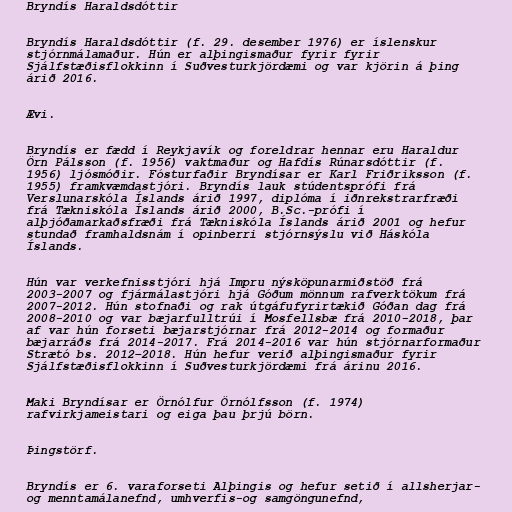
Bryndís Haraldsdóttir

Bryndís Haraldsdóttir (f. 29. desember 1976) er íslenskur
stjórnmálamaður. Hún er alþingismaður fyrir fyrir
Sjálfstæðisflokkinn í Suðvesturkjördæmi og var kjörin á þing
árið 2016.

Ævi.

Bryndís er fædd í Reykjavík og foreldrar hennar eru Haraldur
Örn Pálsson (f. 1956) vaktmaður og Hafdís Rúnarsdóttir (f.
1956) ljósmóðir. Fósturfaðir Bryndísar er Karl Friðriksson (f.
1955) framkvæmdastjóri. Bryndís lauk stúdentsprófi frá
Verslunarskóla Íslands árið 1997, diplóma í iðnrekstrarfræði
frá Tækniskóla Íslands árið 2000, B.Sc.-prófi í
alþjóðamarkaðsfræði frá Tækniskóla Íslands árið 2001 og hefur
stundað framhaldsnám í opinberri stjórnsýslu við Háskóla
Íslands.

Hún var verkefnisstjóri hjá Impru nýsköpunarmiðstöð frá
2003-2007 og fjármálastjóri hjá Góðum mönnum rafverktökum frá
2007-2012. Hún stofnaði og rak útgáfufyrirtækið Góðan dag frá
2008-2010 og var bæjarfulltrúi í Mosfellsbæ frá 2010-2018, þar
af var hún forseti bæjarstjórnar frá 2012-2014 og formaður
bæjarráðs frá 2014-2017. Frá 2014-2016 var hún stjórnarformaður
Strætó bs. 2012–2018. Hún hefur verið alþingismaður fyrir
Sjálfstæðisflokkinn í Suðvesturkjördæmi frá árinu 2016.

Maki Bryndísar er Örnólfur Örnólfsson (f. 1974)
rafvirkjameistari og eiga þau þrjú börn.

Þingstörf.

Bryndís er 6. varaforseti Alþingis og hefur setið í allsherjar-
og menntamálanefnd, umhverfis-og samgöngunefnd,